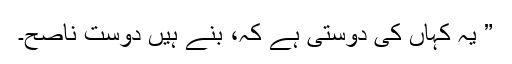
” یہ کہاں کی دوستی ہے کہ، بنے ہیں دوست ناصح۔